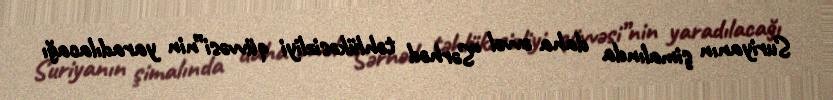
Suriyanın şimalında daha əvvəl “Sərhəd təhlükəsizliyi qüvvəsi”nin yaradılacağı